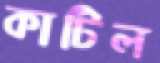
কাটিল